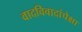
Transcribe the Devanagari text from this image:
वादविवादांपेक्षा